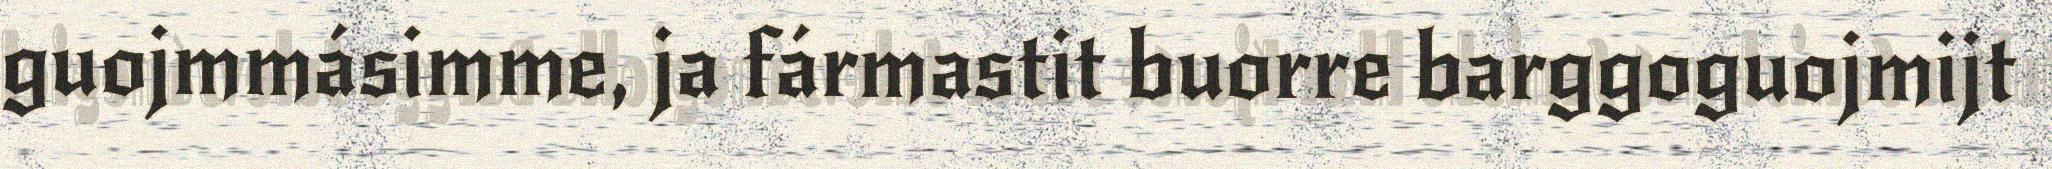
guojmmásimme, ja fármastit buorre barggoguojmijt